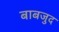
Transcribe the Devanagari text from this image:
बाबजुद